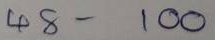
48 - 100